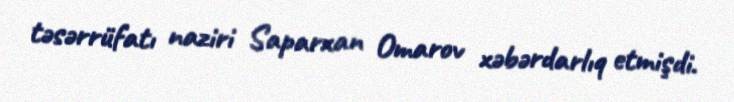
təsərrüfatı naziri Saparxan Omarov xəbərdarlıq etmişdi.